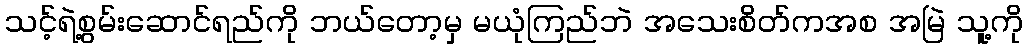
သင့်ရဲ့စွမ်းဆောင်ရည်ကို ဘယ်တော့မှ မယုံကြည်ဘဲ အသေးစိတ်ကအစ အမြဲ သူ့ကို